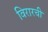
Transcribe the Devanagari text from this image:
विरारची